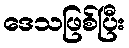
ဒေသဖြစ်ပြီး